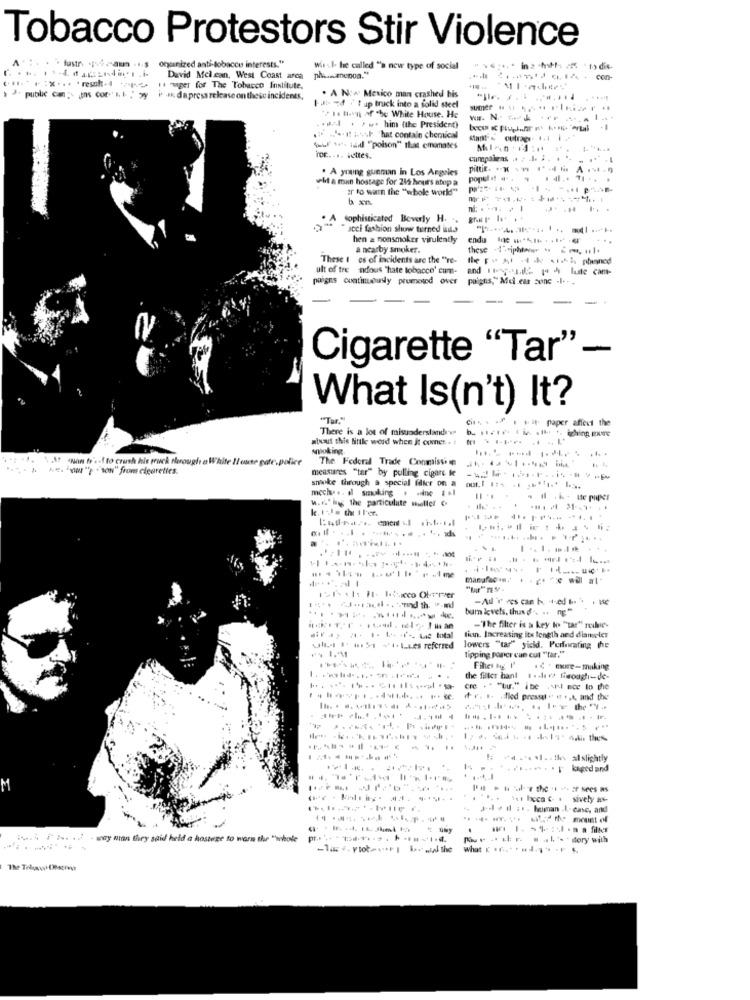
Tobacco Protestors Stir Violence
. . lustr -a . .. s onganized anti-tobacco interests."
wirst. he called "'s new type of social
David Mel.can, West Coast arca
* :*... result-4 rue ger for The Tobacco Institute.
public con ; In cor II " wy i .* dapress release on these incidents,
. A New Mexico man crashed his
"jlr. .. .
I at- 4 " up trick into a solid steel
"it- a White House. He
ww. N .. .. L
....
.I .. .
.u . ) him (the President)
. - 1:+ hat contain chemical
Suf tes. said ""poison" that emomates
For. ... settes.
. A young gueman in Los Angeles
el a man hostage for 215 hours stup a
popt! . 9 . 4 .. ..
er to warn the "whole world"
A sophisticated Beverly H.
acci fashion show turned into
hen a nonsmoker virulently
a nearby smoker.
these -iphone - -, ul.
These 1 es of incidents are the "re-
ult of tre ndous "hate tobacco' cum-
and IF Faule 1 4 lute cam-
paigns continuously promoted over
paigns," Mel ear conc .I .. .
--
Cigarette "Tar"-
What Is(n't) It?
C ... . .. paper affect the
There is a lot of misunderstandes
atusut this little word when it comes. . :
woking.
% Af Nin to' .- I to crush his truck through a White I/oute pate.police
The Federal Trade Conmissing
... - " ""from cigarettes.
measures "tar" by pulling cigare le
smoke through a special fikr on a
mech .. il smoking . . ine . ..
w. 1." byg the particulate mieller
k. r.Je the ther.
manufac . . . . e wil at-
-Ad T ves can h. ++-ed to '. . Ve
bur levels. thus d. .. ng"
-'The filter is a key to "tar" ruhe-
fin, Increasing its length and dlameler
cala.st & #1 51 ++++ 1.Les referred
lowers "tar" yield. Perforating the
tipping poner can cut "far."
Fihet tag. I'
.C . exe-making
the filler hant 1 . div> Gicoaghi-de-
cre . . "bu." ibe , SIN moc to the
it r. .. . flod presset . i .,, and the
4 .il. . the alslightly
M
1st heen C . sively as-
Je.il :. human .I .- case, and
--------
wwii F N. .. - way min they said held a hostere to warn the "whole
What Can ... ... ] - Fs